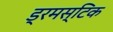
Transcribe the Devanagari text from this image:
ड्रमस्टिक